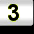
Digit: 3